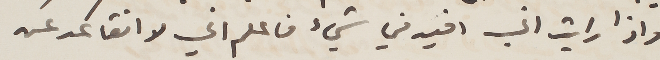
واذا رايت اني افيد في شيء فاعلم اني لا اتقاعد عن